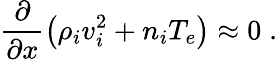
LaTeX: \frac{\partial}{\partial x}\left(\rho_{i}v_{i}^{2}+n_{i}T_{e}\right)\approx 0\; .